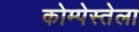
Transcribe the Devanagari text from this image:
कोम्पेस्तेला